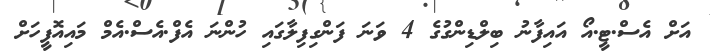
އަށް އެސް.ޓީ.އޯ އައިފާނު ބިލްޑިންގުގެ 4 ވަނަ ފަންގިފިލާގައި ހުންނަ އެފް.އެސް.އެމް މައިއޮފީހަށް